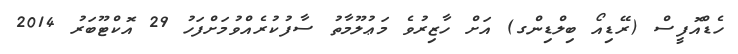
ހެޑްއޮފީސް (ރޭޑިއޯ ބިލްޑިންގ) އަށް ހާޒިރުވެ މަޢުލޫމާތު ސާފުކުރެއްވުމަށްފަހު 29 އޮކްޓޫބަރު 2014